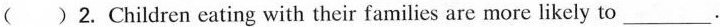
( )2.Children eating with their families are more likely to___.